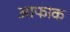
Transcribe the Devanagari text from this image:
आफाक